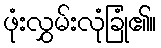
ဖုံးလွှမ်းလုံခြုံ၏။